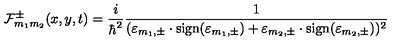
{ \cal F } _ { m _ { 1 } m _ { 2 } } ^ { \pm } ( x , y , t ) = \frac { i } { { \hbar } ^ { 2 } } \frac { 1 } { ( { \varepsilon } _ { m _ { 1 } , \pm } \cdot \mathrm { s i g n } ( { \varepsilon } _ { m _ { 1 } , \pm } ) + { \varepsilon } _ { m _ { 2 } , \pm } \cdot \mathrm { s i g n } ( { \varepsilon } _ { m _ { 2 } , \pm } ) ) ^ { 2 } }